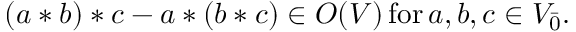
( a * b ) * c - a * ( b * c ) \in O ( V ) \, \mathrm { f o r } \, a , b , c \in V _ { \bar { 0 } } .